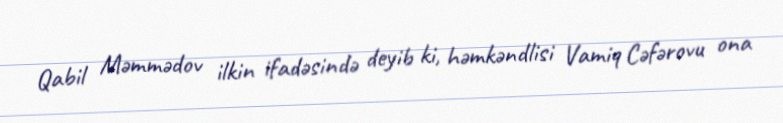
Qabil Məmmədov ilkin ifadəsində deyib ki, həmkəndlisi Vamiq Cəfərovu ona